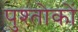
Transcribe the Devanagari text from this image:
पुश्तोकों